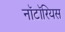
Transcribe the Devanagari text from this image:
नॉटॉरियस